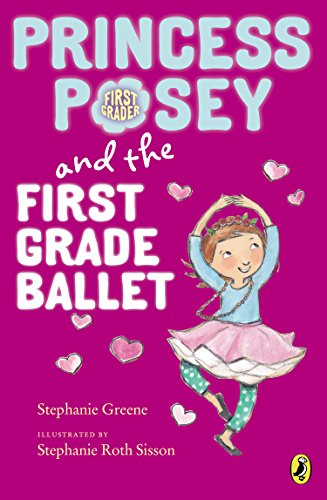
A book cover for Princess Posey and the First Grade Ballet (Princess Posey, First Grader); Stephanie Greene; Children's Books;